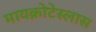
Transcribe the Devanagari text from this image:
मायक्रोटेस्लास